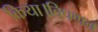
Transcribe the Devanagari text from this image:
किया।विपणन